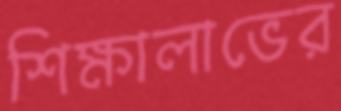
শিক্ষালাভের